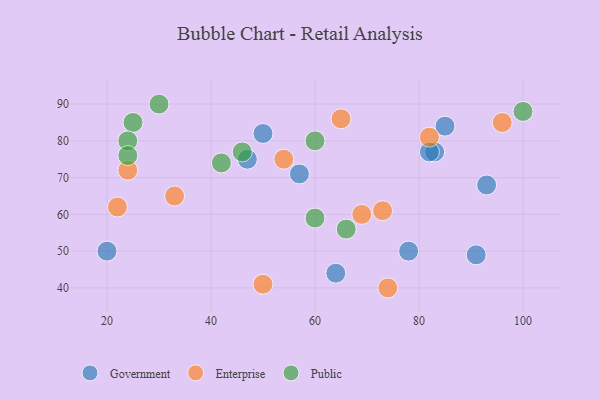
{"axis": {"x": "GDP", "y": "Life Expectancy"}, "legend": ["Enterprise", "Government", "Public"], "data": [{"x": "78", "y": 50, "type": "Government"}, {"x": "47", "y": 75, "type": "Government"}, {"x": "83", "y": 77, "type": "Government"}, {"x": "64", "y": 44, "type": "Government"}, {"x": "20", "y": 50, "type": "Government"}, {"x": "82", "y": 77, "type": "Government"}, {"x": "50", "y": 82, "type": "Government"}, {"x": "91", "y": 49, "type": "Government"}, {"x": "93", "y": 68, "type": "Government"}, {"x": "85", "y": 84, "type": "Government"}, {"x": "57", "y": 71, "type": "Government"}, {"x": "54", "y": 75, "type": "Enterprise"}, {"x": "33", "y": 65, "type": "Enterprise"}, {"x": "24", "y": 72, "type": "Enterprise"}, {"x": "22", "y": 62, "type": "Enterprise"}, {"x": "50", "y": 41, "type": "Enterprise"}, {"x": "96", "y": 85, "type": "Enterprise"}, {"x": "74", "y": 40, "type": "Enterprise"}, {"x": "69", "y": 60, "type": "Enterprise"}, {"x": "65", "y": 86, "type": "Enterprise"}, {"x": "82", "y": 81, "type": "Enterprise"}, {"x": "73", "y": 61, "type": "Enterprise"}, {"x": "42", "y": 74, "type": "Public"}, {"x": "60", "y": 80, "type": "Public"}, {"x": "66", "y": 56, "type": "Public"}, {"x": "25", "y": 85, "type": "Public"}, {"x": "60", "y": 59, "type": "Public"}, {"x": "30", "y": 90, "type": "Public"}, {"x": "100", "y": 88, "type": "Public"}, {"x": "24", "y": 80, "type": "Public"}, {"x": "46", "y": 77, "type": "Public"}, {"x": "24", "y": 76, "type": "Public"}]}